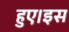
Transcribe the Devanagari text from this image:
हुए।इस